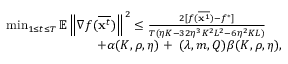
\begin{array} { r l } & { \operatorname* { m i n } _ { 1 \le t \le T } \mathbb { E } \left\| \nabla f ( \overline { { \mathbf { x } ^ { t } } } ) \right\| ^ { 2 } \leq \frac { 2 [ f ( \overline { { { \bf x } ^ { 1 } } } ) - f ^ { * } ] } { T ( \eta K - 3 2 \eta ^ { 3 } K ^ { 2 } L ^ { 2 } - 6 \eta ^ { 2 } K L ) } } \\ & { \qquad \qquad \qquad \quad + \alpha ( K , \rho , \eta ) + { \bf \Phi } ( \lambda , m , Q ) \beta ( K , \rho , \eta ) , } \end{array}